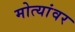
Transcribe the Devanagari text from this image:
मोत्यांवर